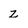
Character: z